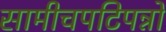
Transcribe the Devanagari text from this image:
सामीचपटिपन्नो